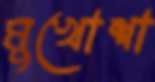
মুখোশা